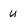
Character: u